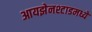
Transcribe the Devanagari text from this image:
आयझेनश्टाडमध्ये